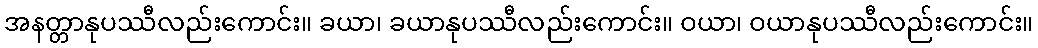
အနတ္တာနုပဿီလည်းကောင်း။ ခယာ၊ ခယာနုပဿီလည်းကောင်း။ ဝယာ၊ ဝယာနုပဿီလည်းကောင်း။